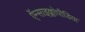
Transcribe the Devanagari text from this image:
ऍन्साइक्लोपीडिया